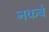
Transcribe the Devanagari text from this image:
नकबे